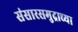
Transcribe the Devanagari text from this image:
संसारसमुद्राच्या